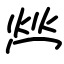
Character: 𤇾